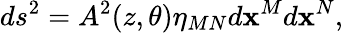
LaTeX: ds^{2}=A^{2}(z,\theta)\eta_{MN}d\mathbf{x}^{M}d\mathbf{x}^{N},